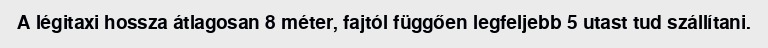
A légitaxi hossza átlagosan 8 méter, fajtól függően legfeljebb 5 utast tud szállítani.